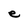
Character: e